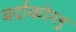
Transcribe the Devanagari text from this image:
बर्दाकोग्लू